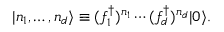
\begin{array} { r } { | n _ { 1 } , \ldots , n _ { d } \rangle \equiv ( f _ { 1 } ^ { \dagger } ) ^ { n _ { 1 } } \cdots ( f _ { d } ^ { \dagger } ) ^ { n _ { d } } | 0 \rangle . } \end{array}